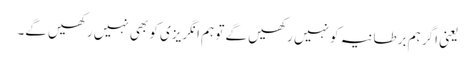
یعنی اگر ہم برطانیہ کو نہیں رکھیں گے تو ہم انگریزی کو بھی نہیں رکھیں گے۔